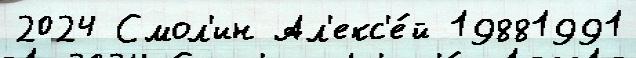
2024 Смол'ин Ал'екс'е́й 19881991